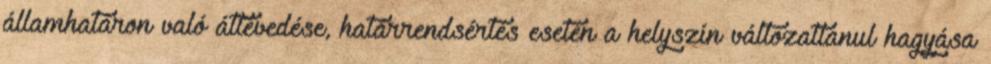
államhatáron való áttévedése, határrendsértés esetén a helyszín változatlanul hagyása